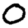
Digit: 0